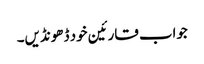
جواب قارئین خود ڈھونڈیں۔